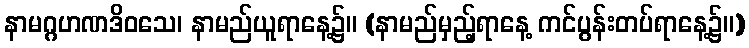
နာမဂ္ဂဟဏဒိဝသေ၊ နာမည်ယူရာနေ့၌။ (နာမည်မှည့်ရာနေ့ ကင်ပွန်းတပ်ရာနေ့၌။)